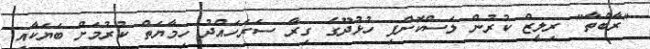
"ރާބްތާ" ރިލީޒް ކުރުން ލަސްކޮށްފި ހުޅުދޫގެ ގިރާ ސަރަހައްދު ހިމާޔަތް ކުރުމަށް ބަޔަކާއި